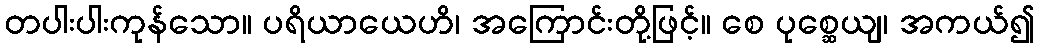
တပါးပါးကုန်သော။ ပရိယာယေဟိ၊ အကြောင်းတို့ဖြင့်။ စေ ပုစ္ဆေယျ၊ အကယ်၍